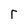
Character: r